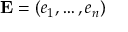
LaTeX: \mathbf { E } = ( e _ { 1 } , \dots , e _ { n } )